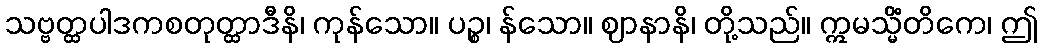
သဗ္ဗတ္ထပါဒကစတုတ္ထာဒီနိ၊ ကုန်သော။ ပဉ္စ၊ န်သော။ ဈာနာနိ၊ တို့သည်။ ဣမသ္မိံတိကေ၊ ဤ